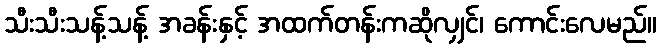
သီးသီးသန့်သန့် အခန်းနှင့် အထက်တန်းကဆိုလျှင်၊ ကောင်းလေမည်။